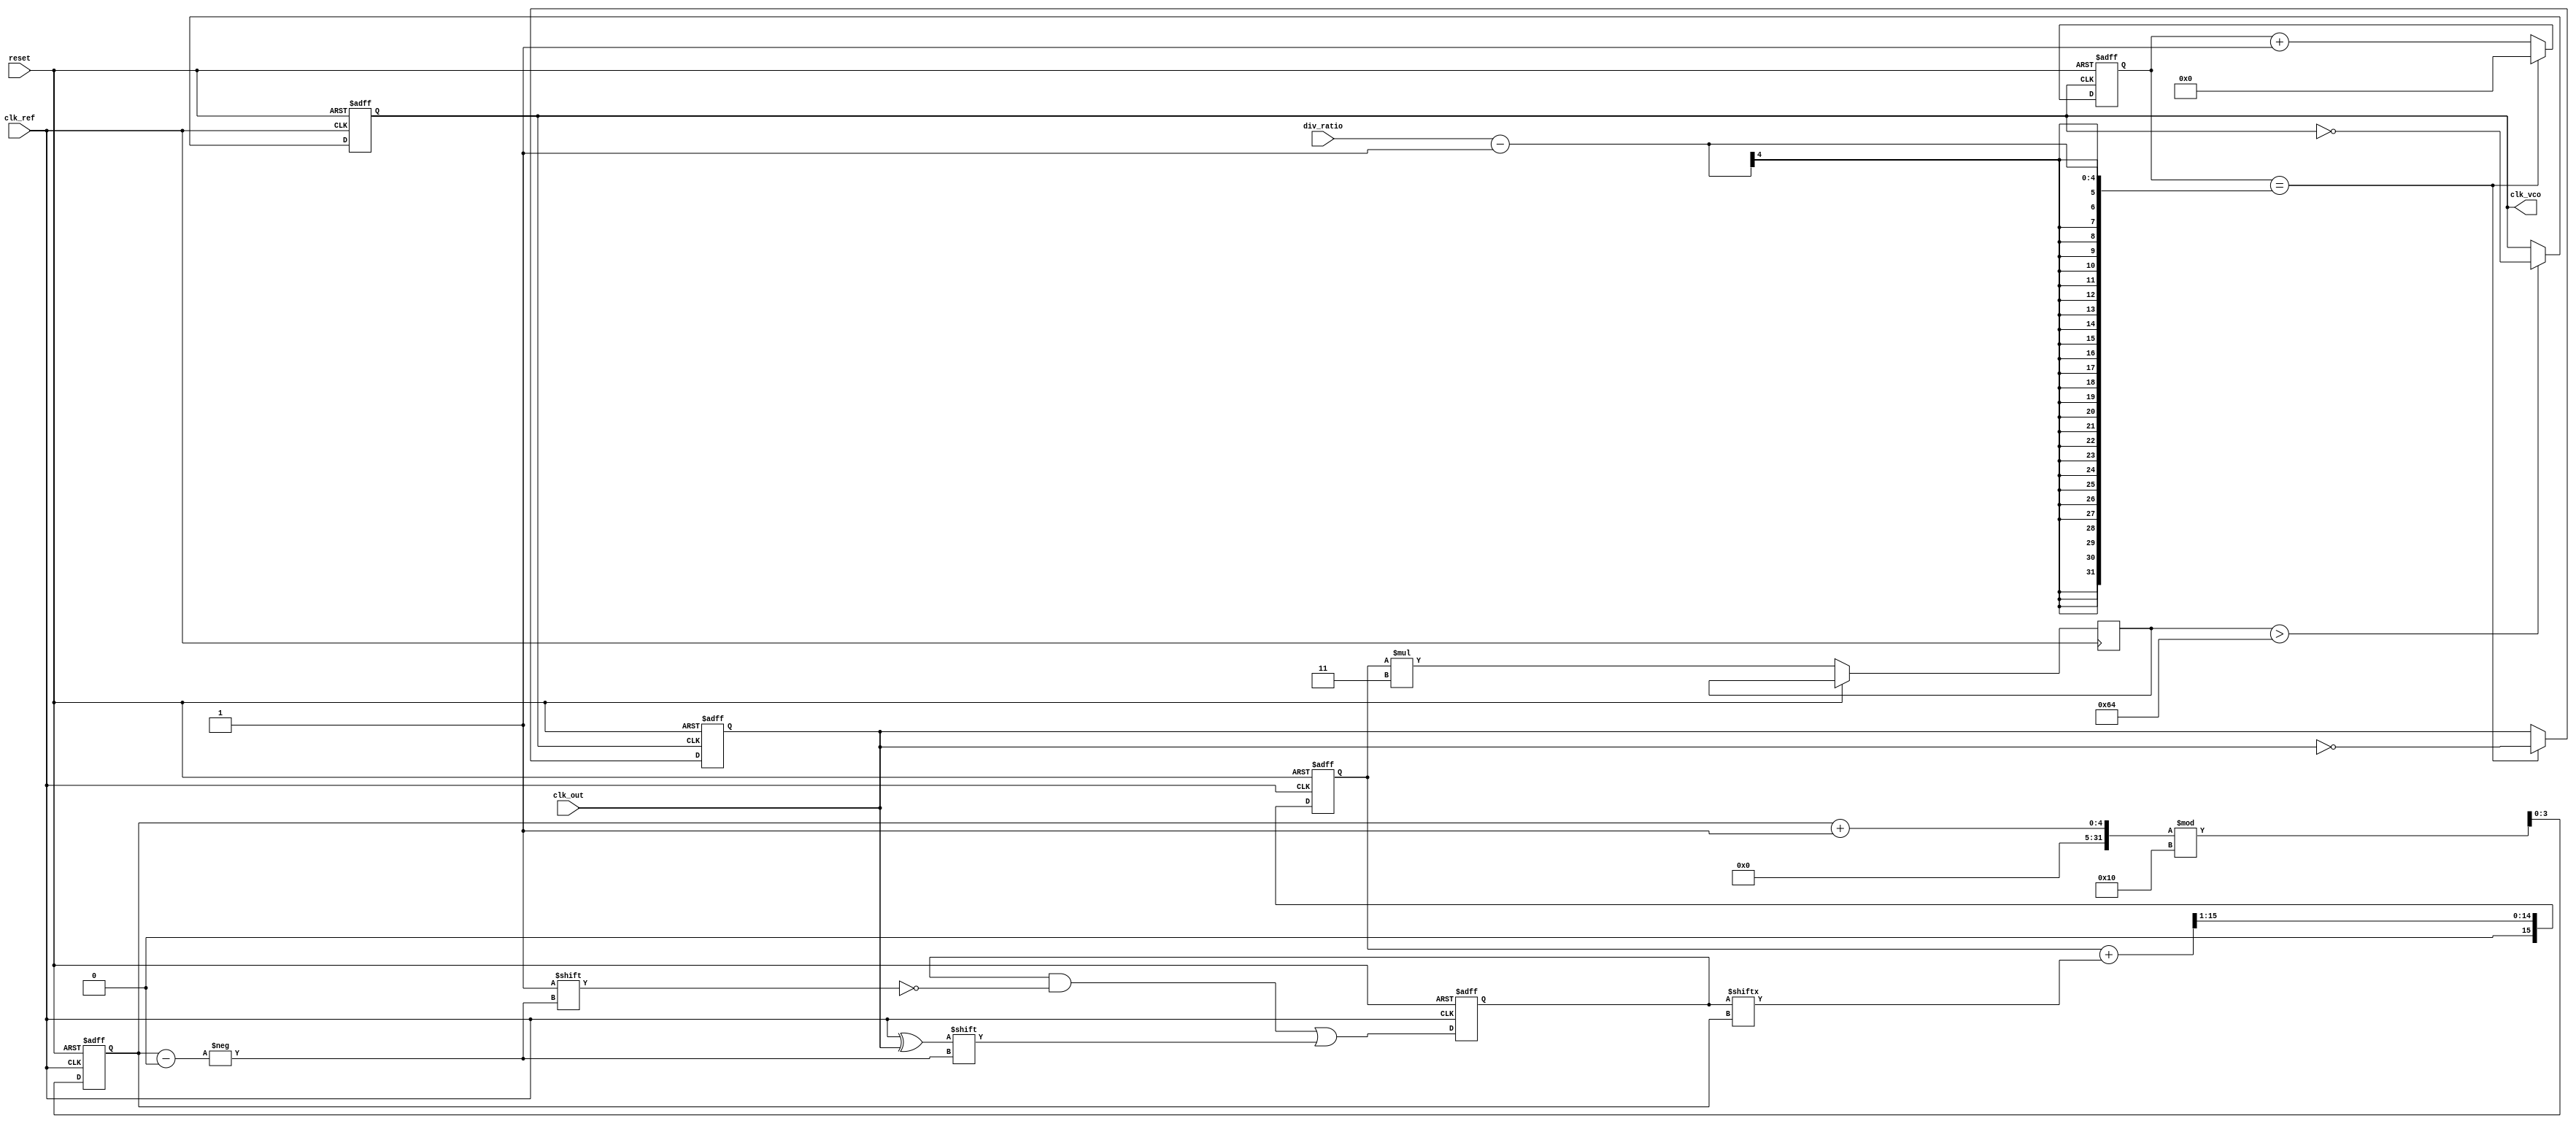
module MemoryBlocksPLL (
    input wire clk_ref,         // Reference clock
    input wire clk_out,         // Output clock
    input wire reset,           // Reset signal
    input wire [3:0] div_ratio, // Division ratio for output clock
    output reg clk_vco          // VCO output clock
);

    // Parameters
    parameter MEMORY_SIZE = 16; // Size of memory block
    parameter FILTER_GAIN = 3;   // Gain for the loop filter

    // Internal signals
    reg [MEMORY_SIZE-1:0] phase_error_mem; // Memory block for phase errors
    reg [3:0] memory_index;                  // Index for memory write/read
    reg [15:0] control_voltage;               // Control voltage for VCO
    reg [15:0] filtered_error;                // Filtered phase error

    // Phase Detector
    wire phase_error;
    assign phase_error = clk_ref ^ clk_out; // Simple XOR phase detector

    // Memory Block
    always @(posedge clk_ref or posedge reset) begin
        if (reset) begin
            phase_error_mem <= 0;
            memory_index <= 0;
        end else begin
            // Store phase error in memory
            phase_error_mem[memory_index] <= phase_error;
            memory_index <= (memory_index + 1) % MEMORY_SIZE; // Circular buffer
        end
    end

    // Loop Filter (Simple Proportional Filter)
    always @(posedge clk_ref or posedge reset) begin
        if (reset) begin
            filtered_error <= 0;
        end else begin
            // Average phase error from memory
            filtered_error <= (filtered_error + phase_error_mem[memory_index]) >> 1;
            // Update control voltage based on filtered error
            control_voltage <= filtered_error * FILTER_GAIN;
        end
    end

    // Voltage-Controlled Oscillator (VCO)
    always @(posedge clk_ref or posedge reset) begin
        if (reset) begin
            clk_vco <= 0;
        end else begin
            // Simple VCO behavior based on control voltage
            // Adjust output frequency (this is a simplified model)
            if (control_voltage > 100) begin
                clk_vco <= ~clk_vco; // Toggle output clock for demonstration
            end
        end
    end

    // Output Divider
    reg [3:0] divider_count;
    reg clk_divided;

    always @(posedge clk_vco or posedge reset) begin
        if (reset) begin
            divider_count <= 0;
            clk_divided <= 0;
        end else begin
            if (divider_count == div_ratio - 1) begin
                clk_divided <= ~clk_divided; // Toggle divided clock
                divider_count <= 0;
            end else begin
                divider_count <= divider_count + 1;
            end
        end
    end

    assign clk_out = clk_divided; // Output clock

endmodule